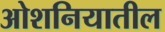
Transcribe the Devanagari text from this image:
ओशनियातील